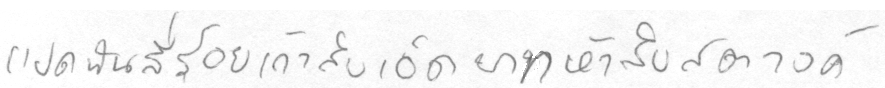
แปดพันสี่ร้อยเก้าสิบเอ็ดบาทห้าสิบสตางค์